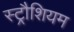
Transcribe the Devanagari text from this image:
स्ट्रौशियम